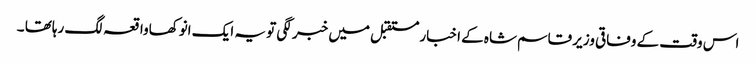
اس وقت کے وفاقی وزیر قاسم شاہ کے اخبار مستقبل میں خبر لگی تو یہ ایک انوکھاواقعہ لگ رہاتھا ۔